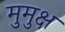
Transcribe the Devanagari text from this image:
मुुमुक्ष